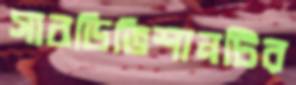
সাবডিভিশানটির